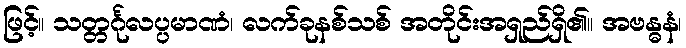
ဖြင့်။ သတ္တင်္ဂုလပ္ပမာဏံ၊ လက်ခုနစ်သစ် အတိုင်းအရှည်ရှိ၏။ အဗန္ဓနံ၊